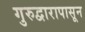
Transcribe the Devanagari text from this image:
गुरुद्वारापासून